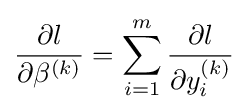
{\frac {\partial l}{\partial \beta ^{(k)}}}=\sum _{i=1}^{m}{\frac {\partial l}{\partial y_{i}^{(k)}}}